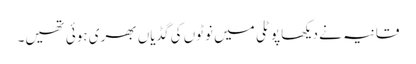
قانیہ نے دیکھا پوٹلی میں نوٹوں کی گڈیاں بھری ہوئی تھیں۔